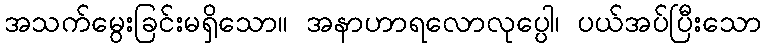
အသက်မွေးခြင်းမရှိသော။ အနာဟာရလောလုပ္ပေါ၊ ပယ်အပ်ပြီးသော